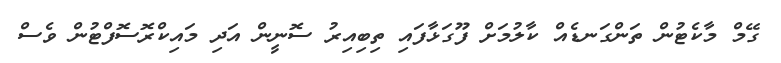
ގޭމް މާކެޓުން ތަންގަނޑެއް ކާލުމަށް ފޫގަޅާފައި ތިބިއިރު ސޮނީން އަދި މައިކްރޮސޮފްޓުން ވެސް